Punjab Mental Hospital Lahore 1932-46 - 1932-1946
Year: 1932
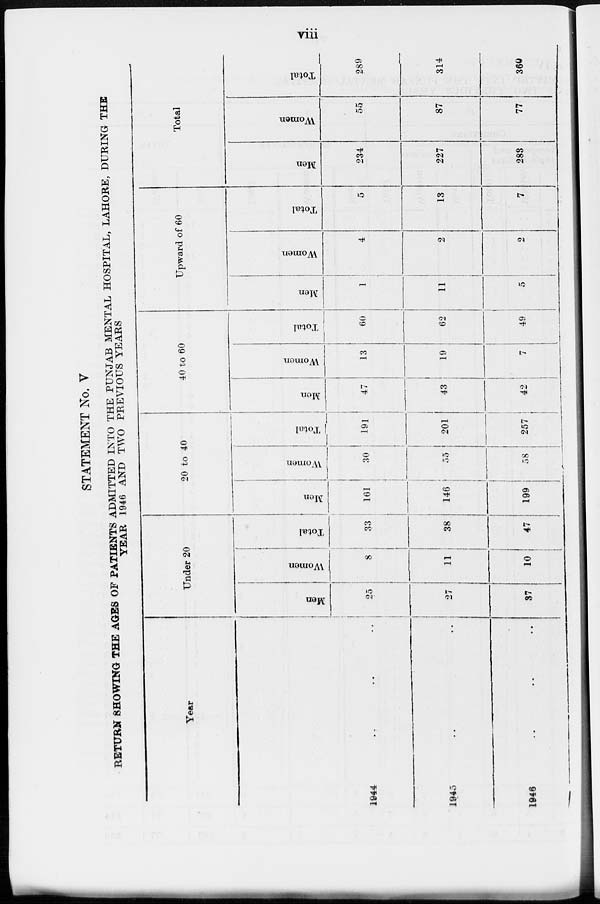
viii
STATEMENT No. V
RETURN SHOWING THE AGES OF PATIENTS ADMITTED INTO THE PUNJAB MENTAL HOSPITAL, LAHORE, DURING THE
YEAR 1946 AND TWO PREVIOUS YEARS
Year
1944 .. .. ..
1945 .. .. ..
1946 .. .. ..
Under 20
Men
25
27
37
Women
8
1
10
Total
33
38
47
20 to 40
Men
161
146
199
Women
30
55
58
Total
191
201
257
40 to 60
Men
47
43
42
Women
13
19
7
Total
60
62
49
Upward of 60
Men
1
11
5
Women
4
2
2
Total
5
13
7
Total
Men
234
227
283
Women
55
87
77
Total
289
314
360